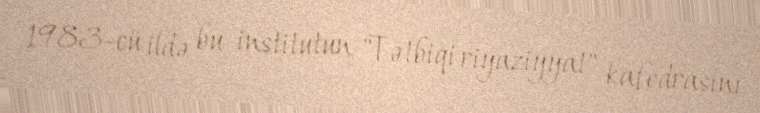
1983-cü ildə bu institutun "Tətbiqi riyaziyyat" kafedrasını